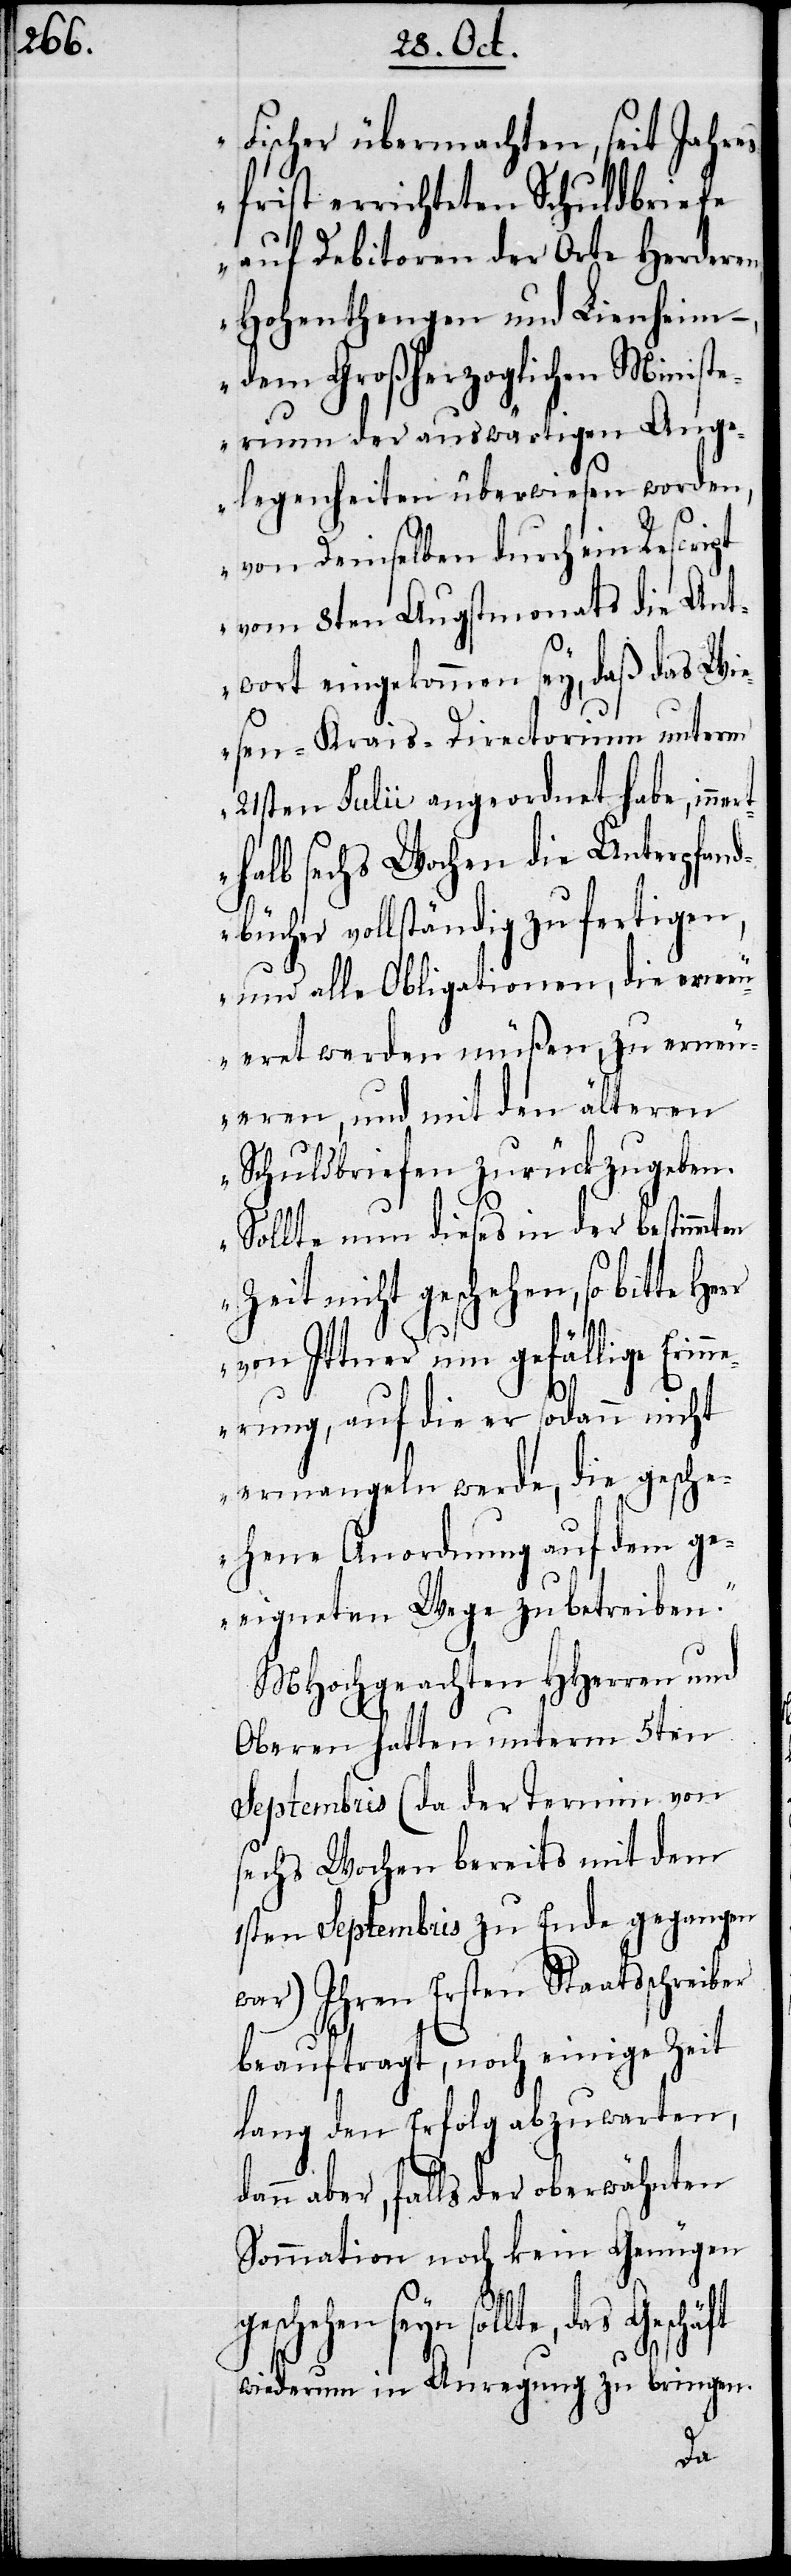
Fischer übermachten, seit Jahre¬
sfrist errichteten Schuldbriefe
auf Debitoren der Orte Herderen,
Hohentengen und Lienheim
dem Großherzoglichen Minist¬
erium der auswärtigen Ange¬
legenheiten überwiesen worden,
von Demselben durch ein Rescript
vom 8ten Augstmonats die Ant¬
wort eingekommen sey, daß das Wi¬
esen-Krais-Directorium unterm
21sten Julii angeordnet habe, inne¬
halb sechs Wochen die Unterpfand¬
bücher vollständig zu fertigen,
und alle Obligationen, die erneu¬
ert werden müßen, zu erneu¬
eren, und mit den älteren
Schuldbriefen zurückzugeben.
Sollte nun dieses in der bestimmten
Zeit nicht geschehen, so bitte
von Ittner um gefällige Erin¬
nerung, auf die er sodann nicht
ermangeln werde, die gesche¬
hene Anordnung auf dem ge¬
eigneten Wege zu betreiben.“
MHochgeachten HHerren und
Oberen hatten unterm 5ten
Septembris (da der Termin von
sechs Wochen bereits mit dem
1sten Septembris zu Ende gegangen
war) Ihren Ersten Staatsschreiber
beauftragt, noch einige Zeit
lang den Erfolg abzuwarten,
aber, falls der oberwähnten
Sommation noch kein Genügen
sollte, das Geschäft
wiederum in Anregung zu bringen.
rt¬